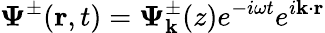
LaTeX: {\mathbf{\Psi}}^{\pm}({\mathbf{r}},t)={\mathbf{\Psi}}_{{\mathbf{k}}}^{\pm}(z)e^{-i\omega t}e^{i{\mathbf{k}}\cdot{\mathbf{r}}}